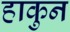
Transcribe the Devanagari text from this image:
हाकुन